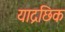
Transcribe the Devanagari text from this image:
याद्रछिक